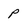
Character: p